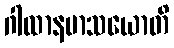
ဂါထာနမာသယောတိ